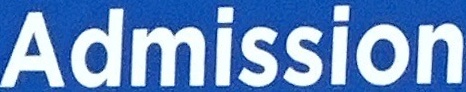
Admission